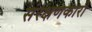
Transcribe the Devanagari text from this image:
संरक्षणकारी